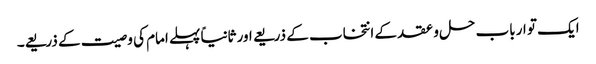
ایک تو ارباب حل و عقد کے انتخاب کے ذریعے اور ثانیاً پہلے امام کی وصیت کے ذریعے۔